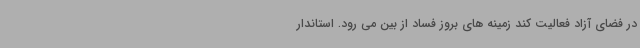
در فضای آزاد فعالیت کند زمینه های بروز فساد از بین می رود. استاندار